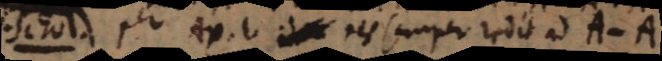
Nam per Ax. 1 res semper redit ad A −